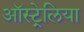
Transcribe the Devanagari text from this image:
ऑस्ट्र्रेलिया